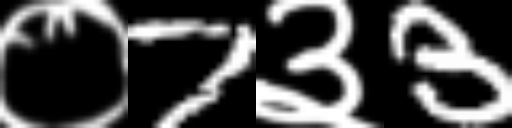
Text: ०7३3